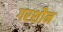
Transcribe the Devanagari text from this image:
गरशौन